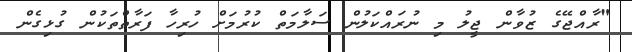
"ރާއްޖޭގެ ޒުވާން ޖީލު މި ނުރައްކަލުން ސަލާމަތް ކުރުމަށް ހުރިހާ ފަރާތްތަކުން ގުޅިގެން